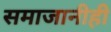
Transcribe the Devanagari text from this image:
समाजानीही